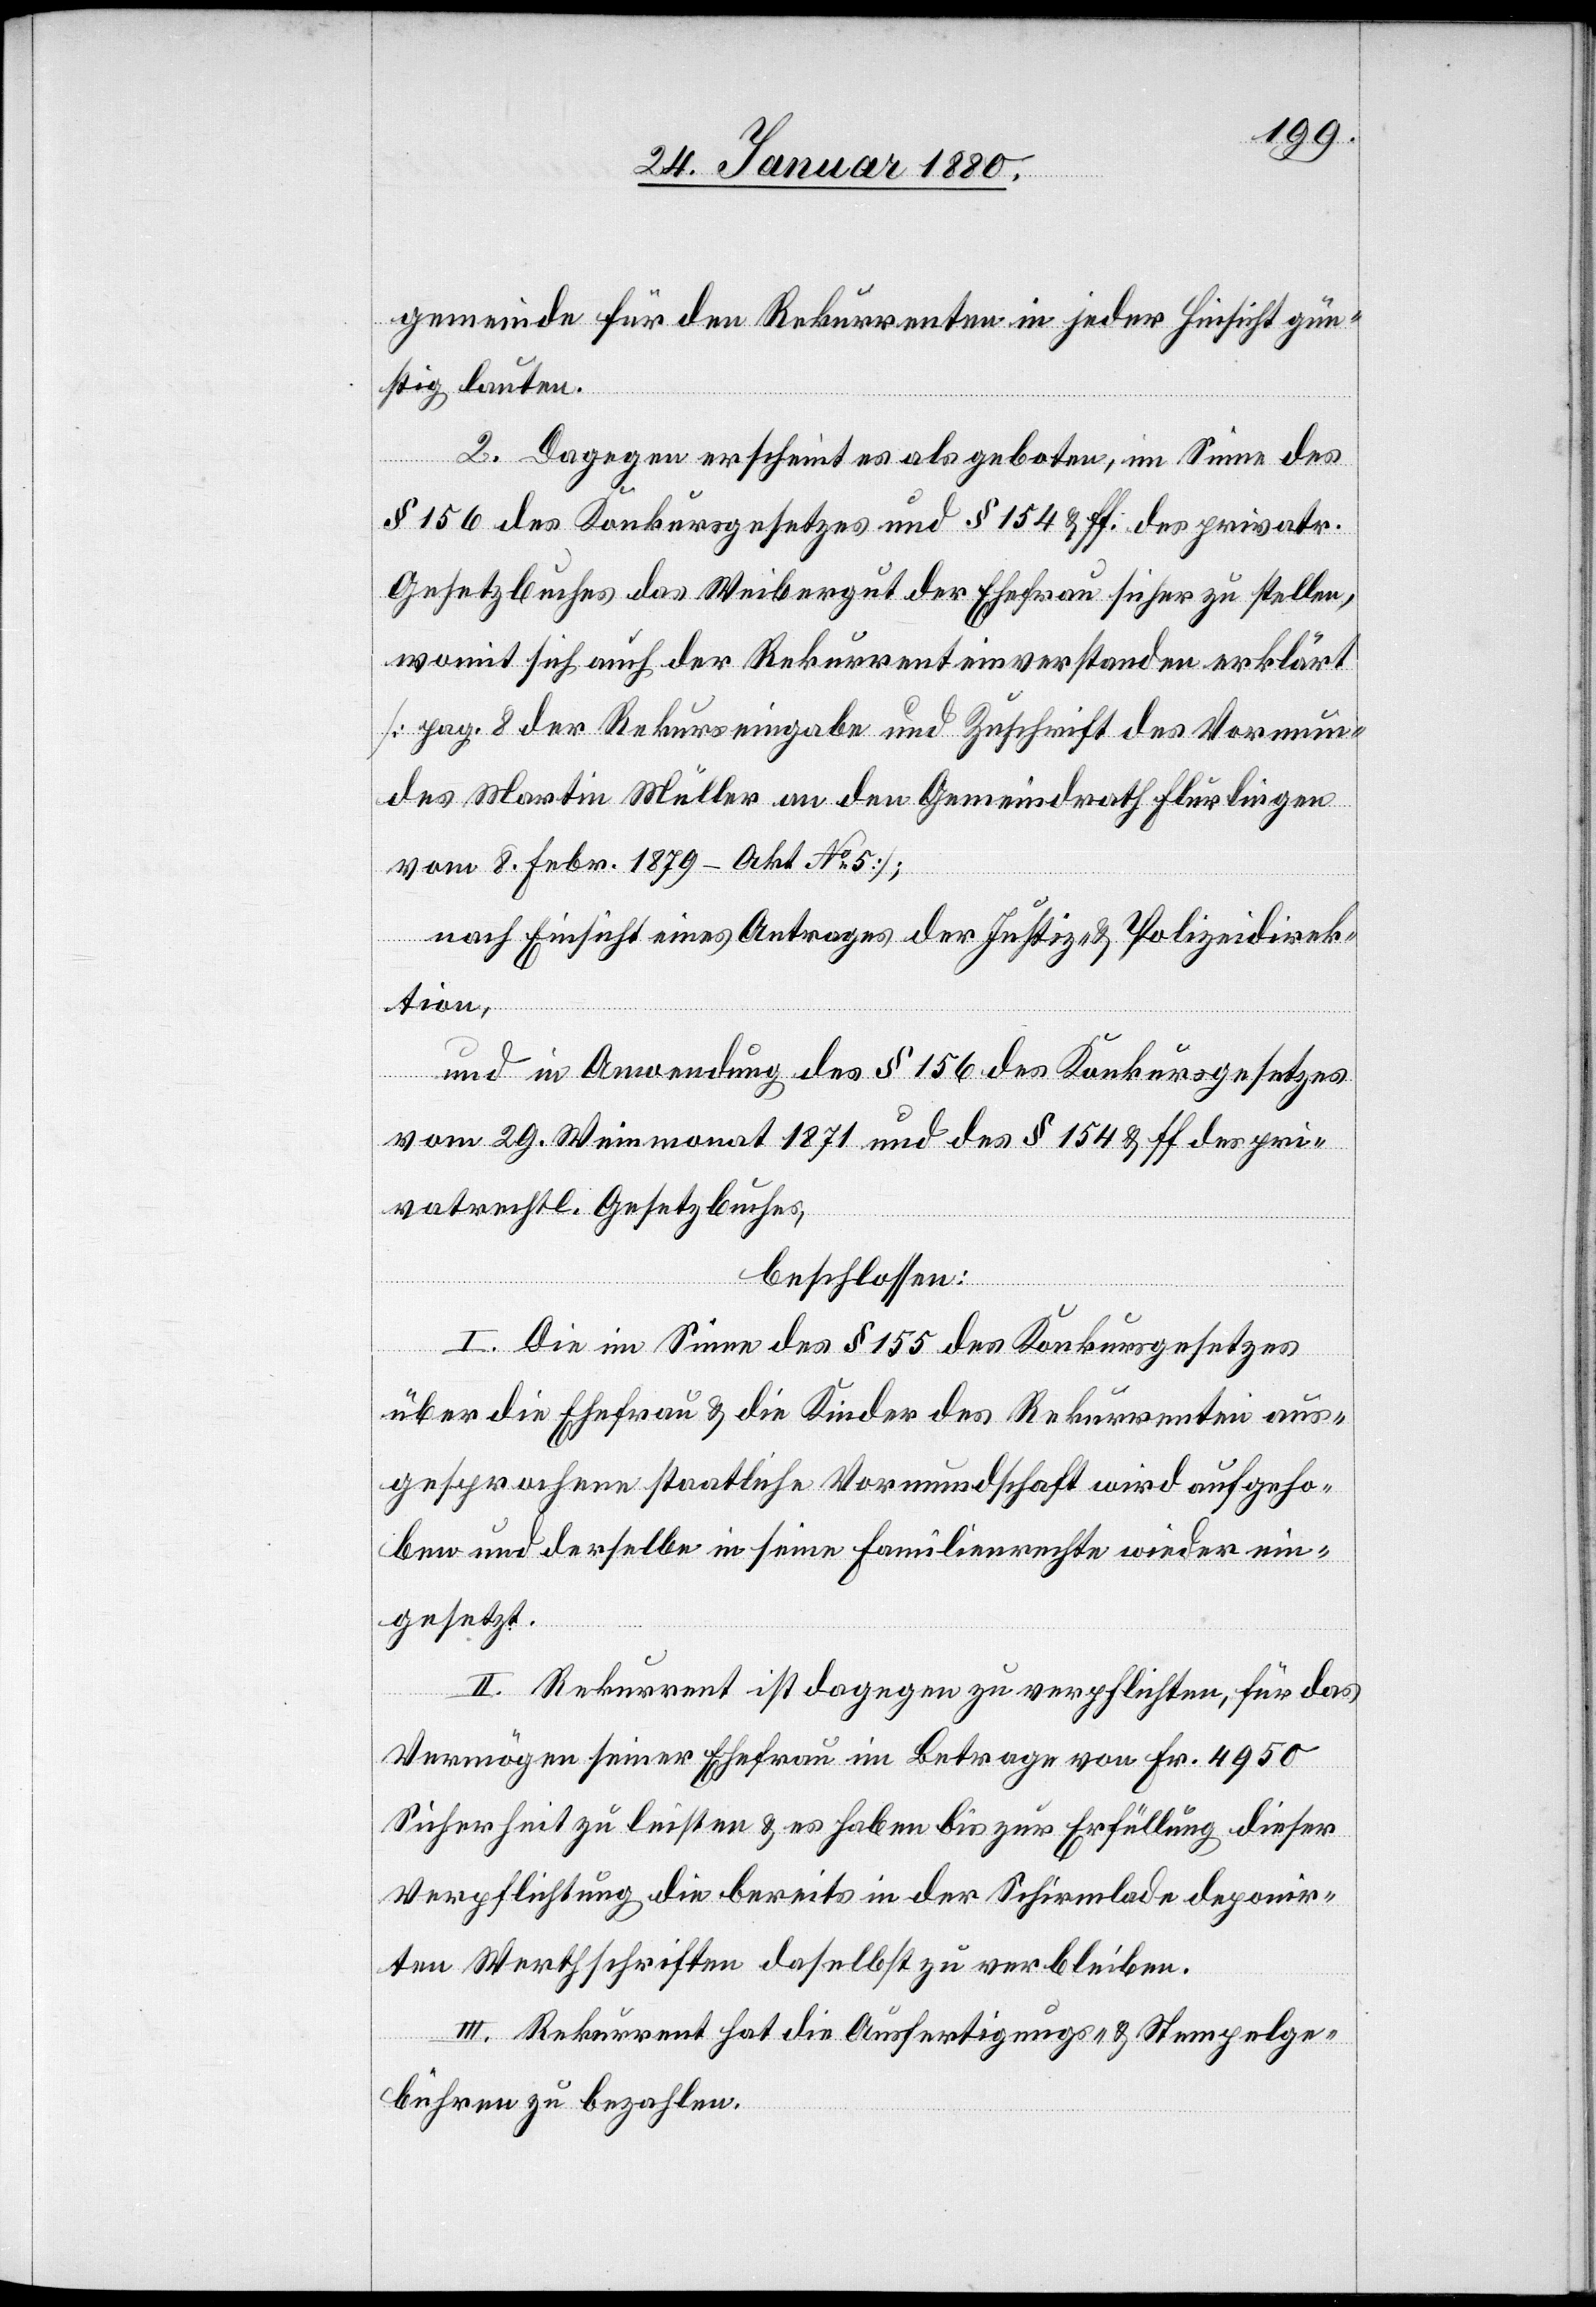
gemeinde für den Rekurrenten in jeder Hinsicht gün¬
stig lauten.
2. Dagegen erscheint es als geboten, im Sinne des
§ 156 des Konkursgesetzes und § 154 & ff. des privatr.
Gesetzbuches das Weibergut der Ehefrau sicher zu stellen,
womit sich auch der Rekurrent einverstanden erklärt
[pag. 8 der Rekurseingabe und Zuschrift des Vormun¬
des Martin Müller an den Gemeindrath Flurlingen
vom 8. Febr. 1879 – Akt No 5];
nach Einsicht eines Antrages der Justiz- & Polizeidirek¬
tion,
und in Anwendung des § 156 des Konkursgesetzes
vom 29. Weinmonat 1871 und des § 154 & ff. der pri¬
vatrechtl. Gesetzbuches,
beschlossen:
I. Die im Sinne des § 155 des Konkursgesetzes
über die Ehefrau & die Kinder des Rekurrenten aus¬
gesprochene staatliche Vormundschaft wird aufgeho¬
ben und derselbe in seine Familienrechte wieder ein¬
gesetzt.
II. Rekurrent ist dagegen zu verpflichten, für das
Vermögen seiner Ehefrau im Betrage von Fr. 4950
Sicherheit zu leisten & es haben bis zur Erfüllung dieser
Verpflichtung die bereits in der Schirmlade deponir¬
ten Werthschriften daselbst zu verbleiben.
III. Rekurrent hat die Ausfertigungs- & Stempelge¬
bühren zu bezahlen.